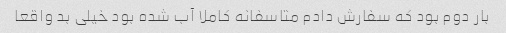
بار دوم بود که سفارش دادم متاسفانه کاملا آب شده بود خیلی بد واقعا